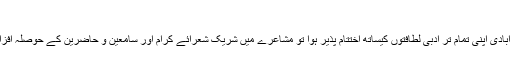
دہلی :13/مئی(بی این ایس)
انجمن فروغِ ادب، بحرین کا گیارہواں عالمی مشاعرہ بیادِ شاہد نجیب آبادی اپنی تمام تر ادبی لطافتوں کیساتھ اختتام پذیر ہوا تو مشاعرے میں شریک شعرائے کرام اور سامعین و حاضرین کے حوصلہ افزا اور تہنیتی تاثرات نے اس کی شعری افادیت کو مزید اجاگر کر دیا۔